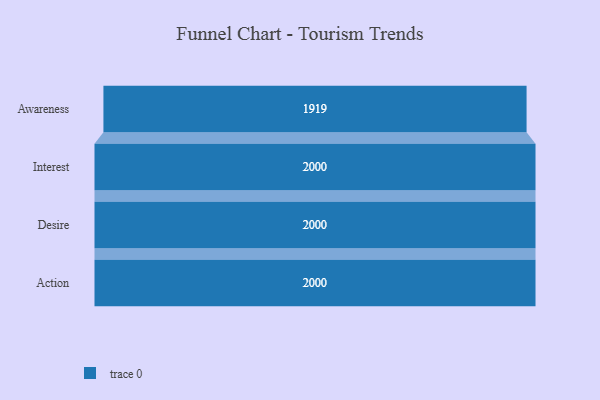
{"axis": {"x": "Stage", "y": "Value"}, "legend": [""], "data": [{"x": "Awareness", "y": 1919.0, "type": ""}, {"x": "Interest", "y": 2000, "type": ""}, {"x": "Desire", "y": 2000, "type": ""}, {"x": "Action", "y": 2000, "type": ""}]}